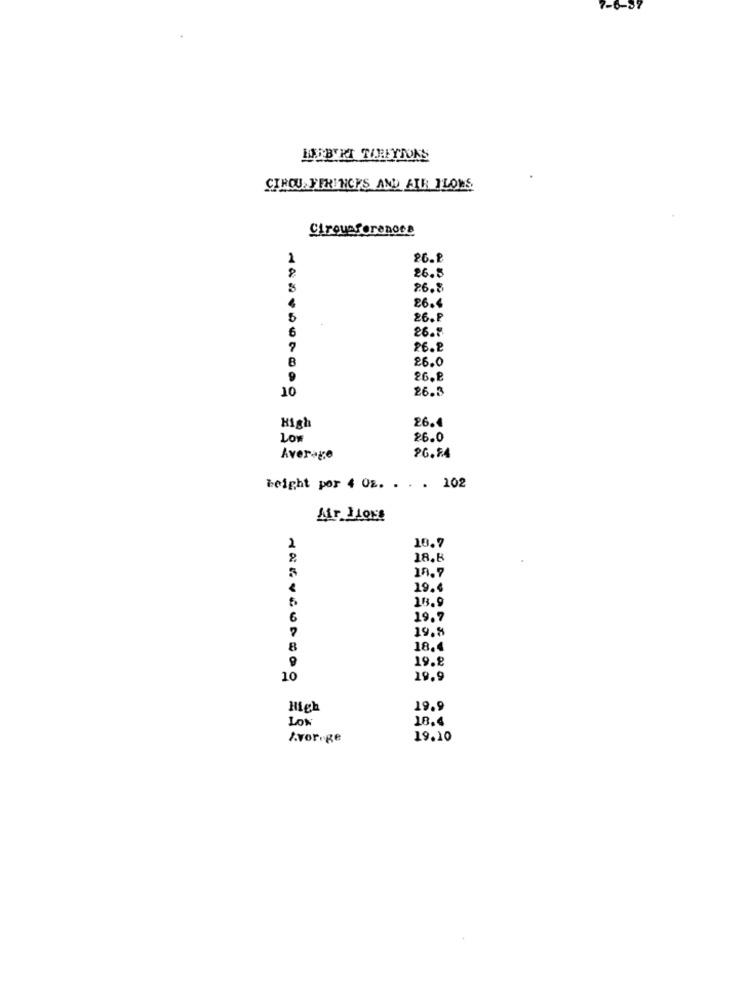
CIRCU FERINCES AND AIR ILONS
Cirousforanoss
2
26.8
26.5
26.8
26.4
26.₽
6
26.1
26.2
8
26.0
9
26.8
10
26.3
High
26.4
26.0
Average
Weight por 4 Oz. . . . 102
10.9
18.6
18.7
19.6
18.9
6
19.7
19.8
8
18.4
19.8
10
19.9
High
19.9
Low
18.4
Z.vornge
19.10